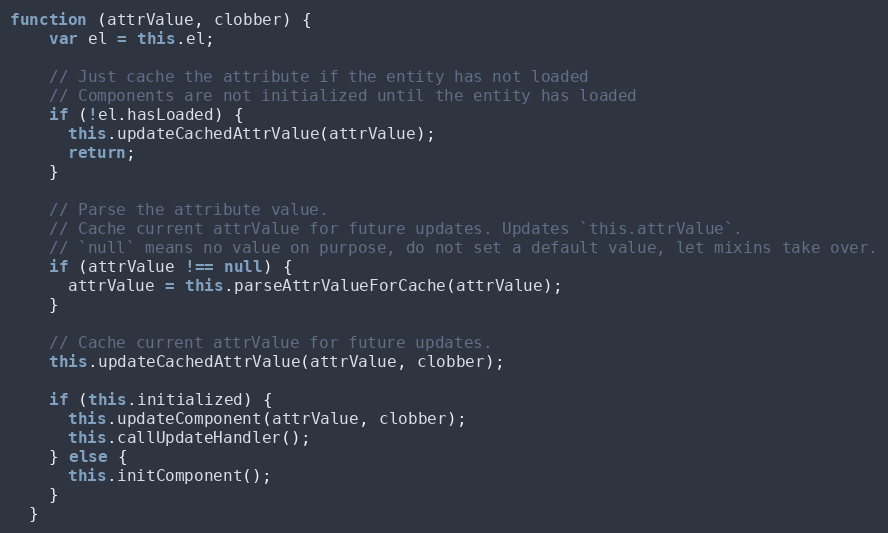
Language: JavaScript
function (attrValue, clobber) {
    var el = this.el;

    // Just cache the attribute if the entity has not loaded
    // Components are not initialized until the entity has loaded
    if (!el.hasLoaded) {
      this.updateCachedAttrValue(attrValue);
      return;
    }

    // Parse the attribute value.
    // Cache current attrValue for future updates. Updates `this.attrValue`.
    // `null` means no value on purpose, do not set a default value, let mixins take over.
    if (attrValue !== null) {
      attrValue = this.parseAttrValueForCache(attrValue);
    }

    // Cache current attrValue for future updates.
    this.updateCachedAttrValue(attrValue, clobber);

    if (this.initialized) {
      this.updateComponent(attrValue, clobber);
      this.callUpdateHandler();
    } else {
      this.initComponent();
    }
  }